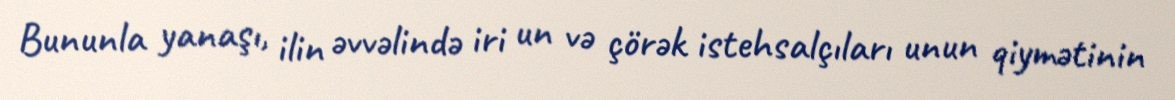
Bununla yanaşı, ilin əvvəlində iri un və çörək istehsalçıları unun qiymətinin